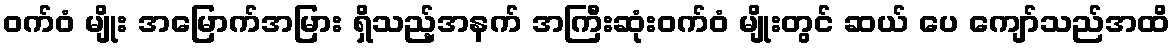
ဝက်ဝံ မျိုး အမြောက်အမြား ရှိသည့်အနက် အကြီးဆုံးဝက်ဝံ မျိုးတွင် ဆယ် ပေ ကျော်သည်အထိ